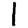
Digit: 1